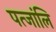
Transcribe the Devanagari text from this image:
पत्जांलि